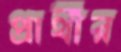
প্রার্থীর